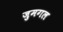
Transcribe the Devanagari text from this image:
जुमगल